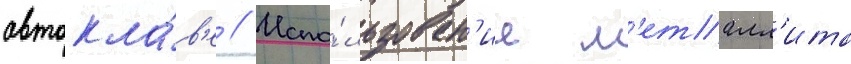
автокла́в'е // Испо́льзован'ие м'еталл'ита